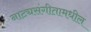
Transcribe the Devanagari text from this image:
नाट्यसंगीतामधील